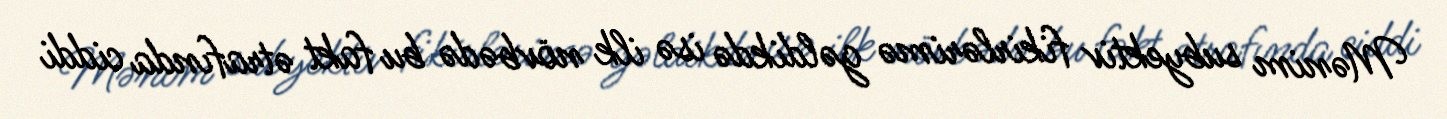
Mənim subyektiv fikirlərimə gəldikdə isə ilk növbədə bu fakt ətrafında ciddi